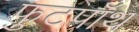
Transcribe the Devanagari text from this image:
फुटपॉथ